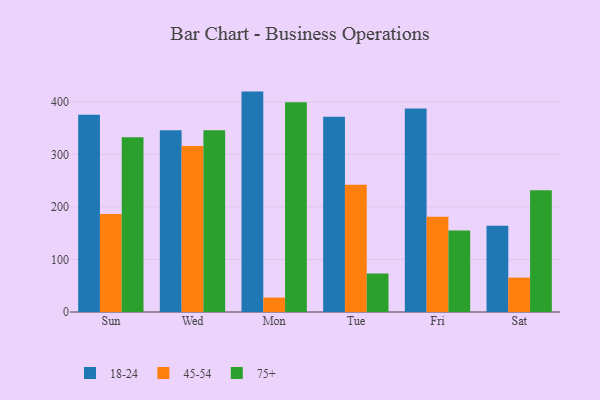
{"axis": {"x": "Day", "y": "Backlog"}, "legend": ["18-24", "45-54", "75+"], "data": [{"x": "Sun", "y": 375.4, "type": "18-24"}, {"x": "Sun", "y": 186.7, "type": "45-54"}, {"x": "Sun", "y": 332.6, "type": "75+"}, {"x": "Wed", "y": 345.8, "type": "18-24"}, {"x": "Wed", "y": 315.9, "type": "45-54"}, {"x": "Wed", "y": 345.7, "type": "75+"}, {"x": "Mon", "y": 419.5, "type": "18-24"}, {"x": "Mon", "y": 27.5, "type": "45-54"}, {"x": "Mon", "y": 399.3, "type": "75+"}, {"x": "Tue", "y": 371.8, "type": "18-24"}, {"x": "Tue", "y": 242.1, "type": "45-54"}, {"x": "Tue", "y": 73.3, "type": "75+"}, {"x": "Fri", "y": 387.4, "type": "18-24"}, {"x": "Fri", "y": 181.3, "type": "45-54"}, {"x": "Fri", "y": 155.3, "type": "75+"}, {"x": "Sat", "y": 164.2, "type": "18-24"}, {"x": "Sat", "y": 65.5, "type": "45-54"}, {"x": "Sat", "y": 231.7, "type": "75+"}]}